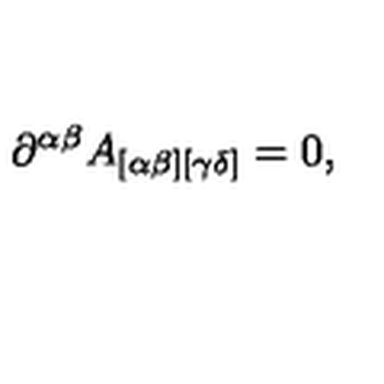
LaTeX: \partial ^ { \alpha \beta } A _ { [ \alpha \beta ] [ \gamma \delta ] } = 0 ,